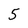
Character: 5